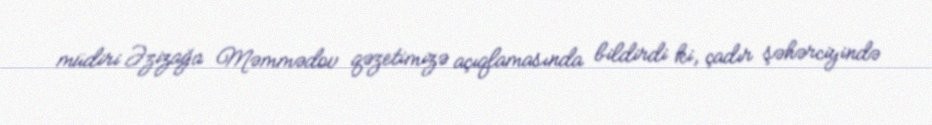
müdiri Əzizağa Məmmədov qəzetimizə açıqlamasında bildirdi ki, çadır şəhərciyində